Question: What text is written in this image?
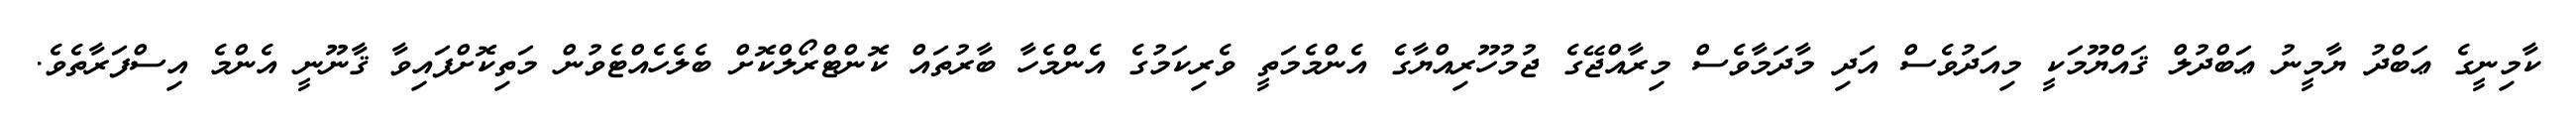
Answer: ކާމިނީގެ ޢަބްދު ޔާމީނު ޢަބްދުލް ޤައްޔޫމަކީ މިއަދުވެސް އަދި މާދަމާވެސް މިރާއްޖޭގެ ޖުމުހޫރިއްޔާގެ އެންމެމަތީ ވެރިކަމުގެ އެންމެހާ ބާރުތައް ކޮންޓްރޯލްކޮށް ބެލެހެއްޓެވުން މަތިކޮށްފައިވާ ޤާނޫނީ އެންމެ އިސްފަރާތެވެ.